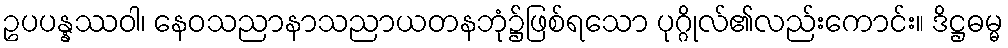
ဥပပန္နဿဝါ၊ နေဝသညာနာသညာယတနဘုံ၌ဖြစ်ရသော ပုဂ္ဂိုလ်၏လည်းကောင်း။ ဒိဋ္ဌဓမ္မ